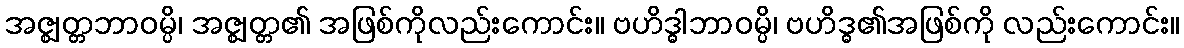
အဇ္ဈတ္တဘာဝမ္ပိ၊ အဇ္ဈတ္တ၏ အဖြစ်ကိုလည်းကောင်း။ ဗဟိဒ္ဓါဘာဝမ္ပိ၊ ဗဟိဒ္ဓ၏အဖြစ်ကို လည်းကောင်း။